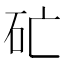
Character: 𥐞